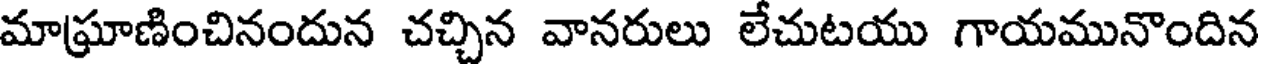
మాఘ్రాణించినందున చచ్చిన వానరులు లేచుటయు గాయమునొందిన